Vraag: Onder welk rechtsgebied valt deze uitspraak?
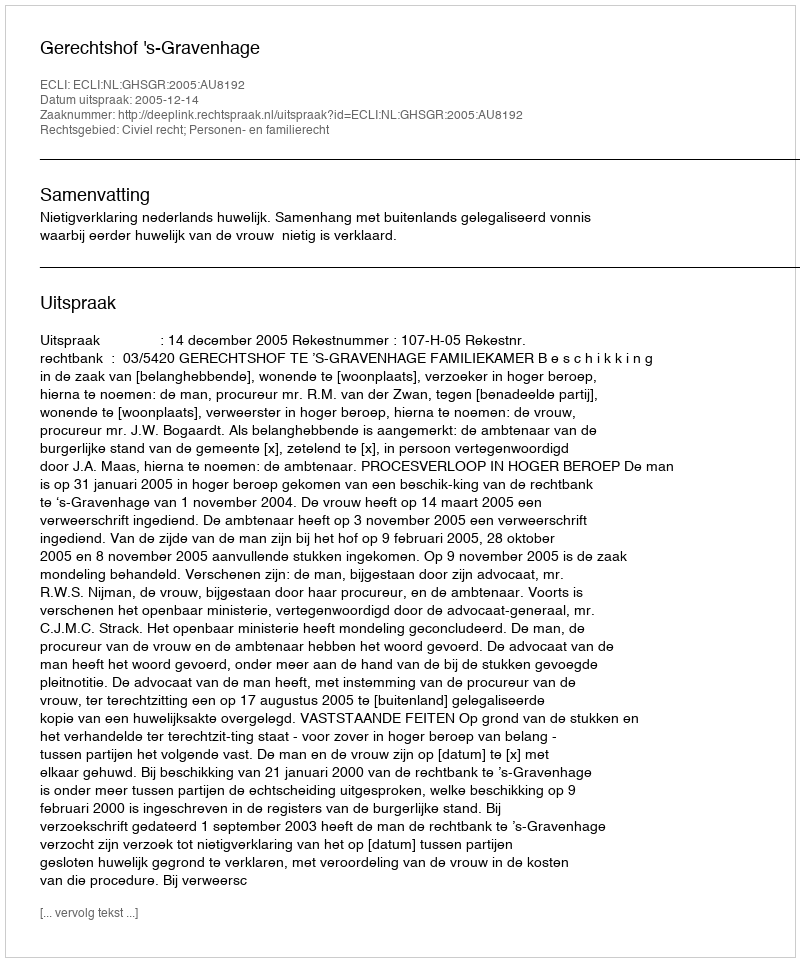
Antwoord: Civiel recht; Personen- en familierecht